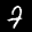
Label: 7